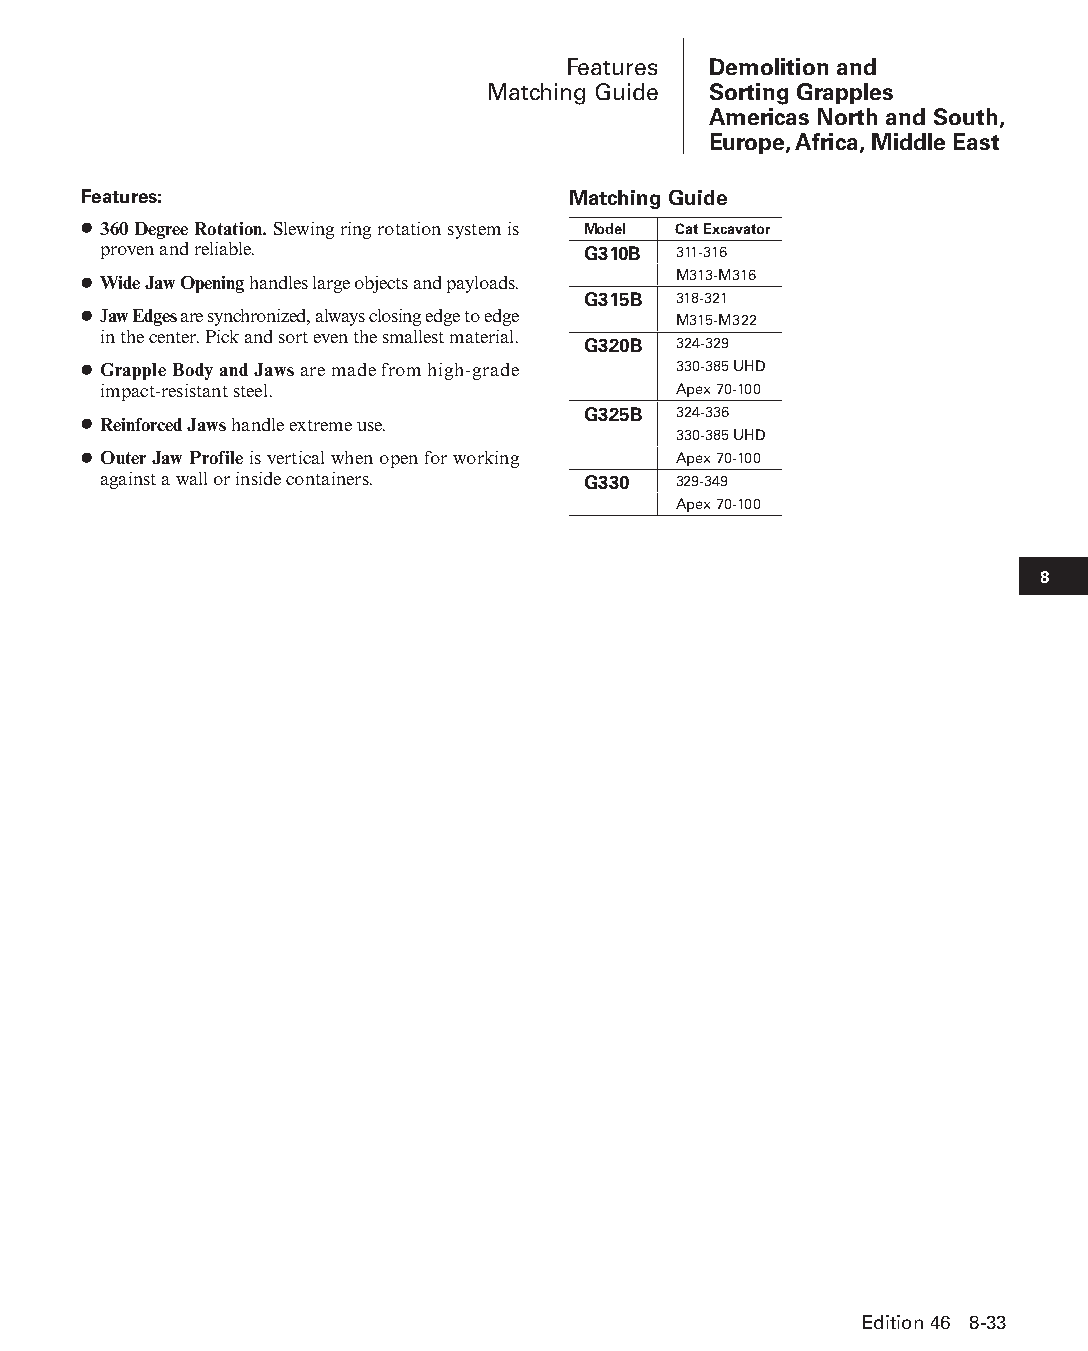
Features Demolition and
 Matching Guide Sorting Grapples
 Americas North and South,
 Europe, Africa, Middle East
 Features:                       Matching Guide
 ● 360 Degree Rotation. Slewing ring rotation system is Model Cat Excavator
 proven and reliable.            G310B 311-316
 M313-M316
 ● Wide Jaw Opening handles large objects and payloads.
 G315B 318-321
 ● Jaw Edges are synchronized, always closing edge to edge M315-M322
 in the center. Pick and sort even the smallest material.
 G320B 324-329
 ● Grapple Body and Jaws are made from high-grade 330-385 UHD
 impact-resistant steel.               Apex 70-100
 G325B 324-336
 ● Reinforced Jaws handle extreme use.
 330-385 UHD
 ● Outer Jaw Profile is vertical when open for working Apex 70-100
 against a wall or inside containers. G330 329-349
 Apex 70-100
 8
 Edition 46 8-33
 PPHHBB--SSeecc0088--1166..iinndddd 3333                        1122//44//1155 1100::4400 AAMM